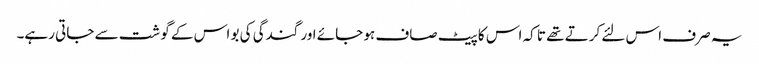
یہ صرف اس لئے کرتے تھے تا کہ اس کا پیٹ صاف ہو جائے اور گندگی کی بو اس کے گوشت سے جاتی رہے۔